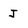
Character: J